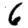
Digit: 6